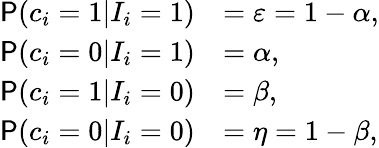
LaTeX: \begin{array}{rl}{\mathsf{P}(c_{i}=1|I_{i}=1)}&{=\varepsilon=1-\alpha,}\\ {\mathsf{P}(c_{i}=0|I_{i}=1)}&{=\alpha,}\\ {\mathsf{P}(c_{i}=1|I_{i}=0)}&{=\beta,}\\ {\mathsf{P}(c_{i}=0|I_{i}=0)}&{=\eta=1-\beta,}\end{array}